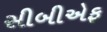
સીબીએફ